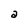
Character: a